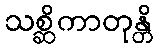
သစ္ဆိကာတုန္တိ